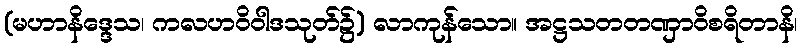
(မဟာနိဒ္ဒေသ၊ ကလဟဝိဝါဒသုတ်၌) လာကုန်သော။ အဋ္ဌသတတဏှာဝိစရိတာနိ၊